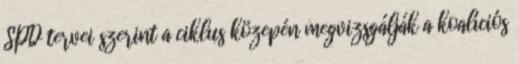
SPD tervei szerint a ciklus közepén megvizsgálják a koalíciós